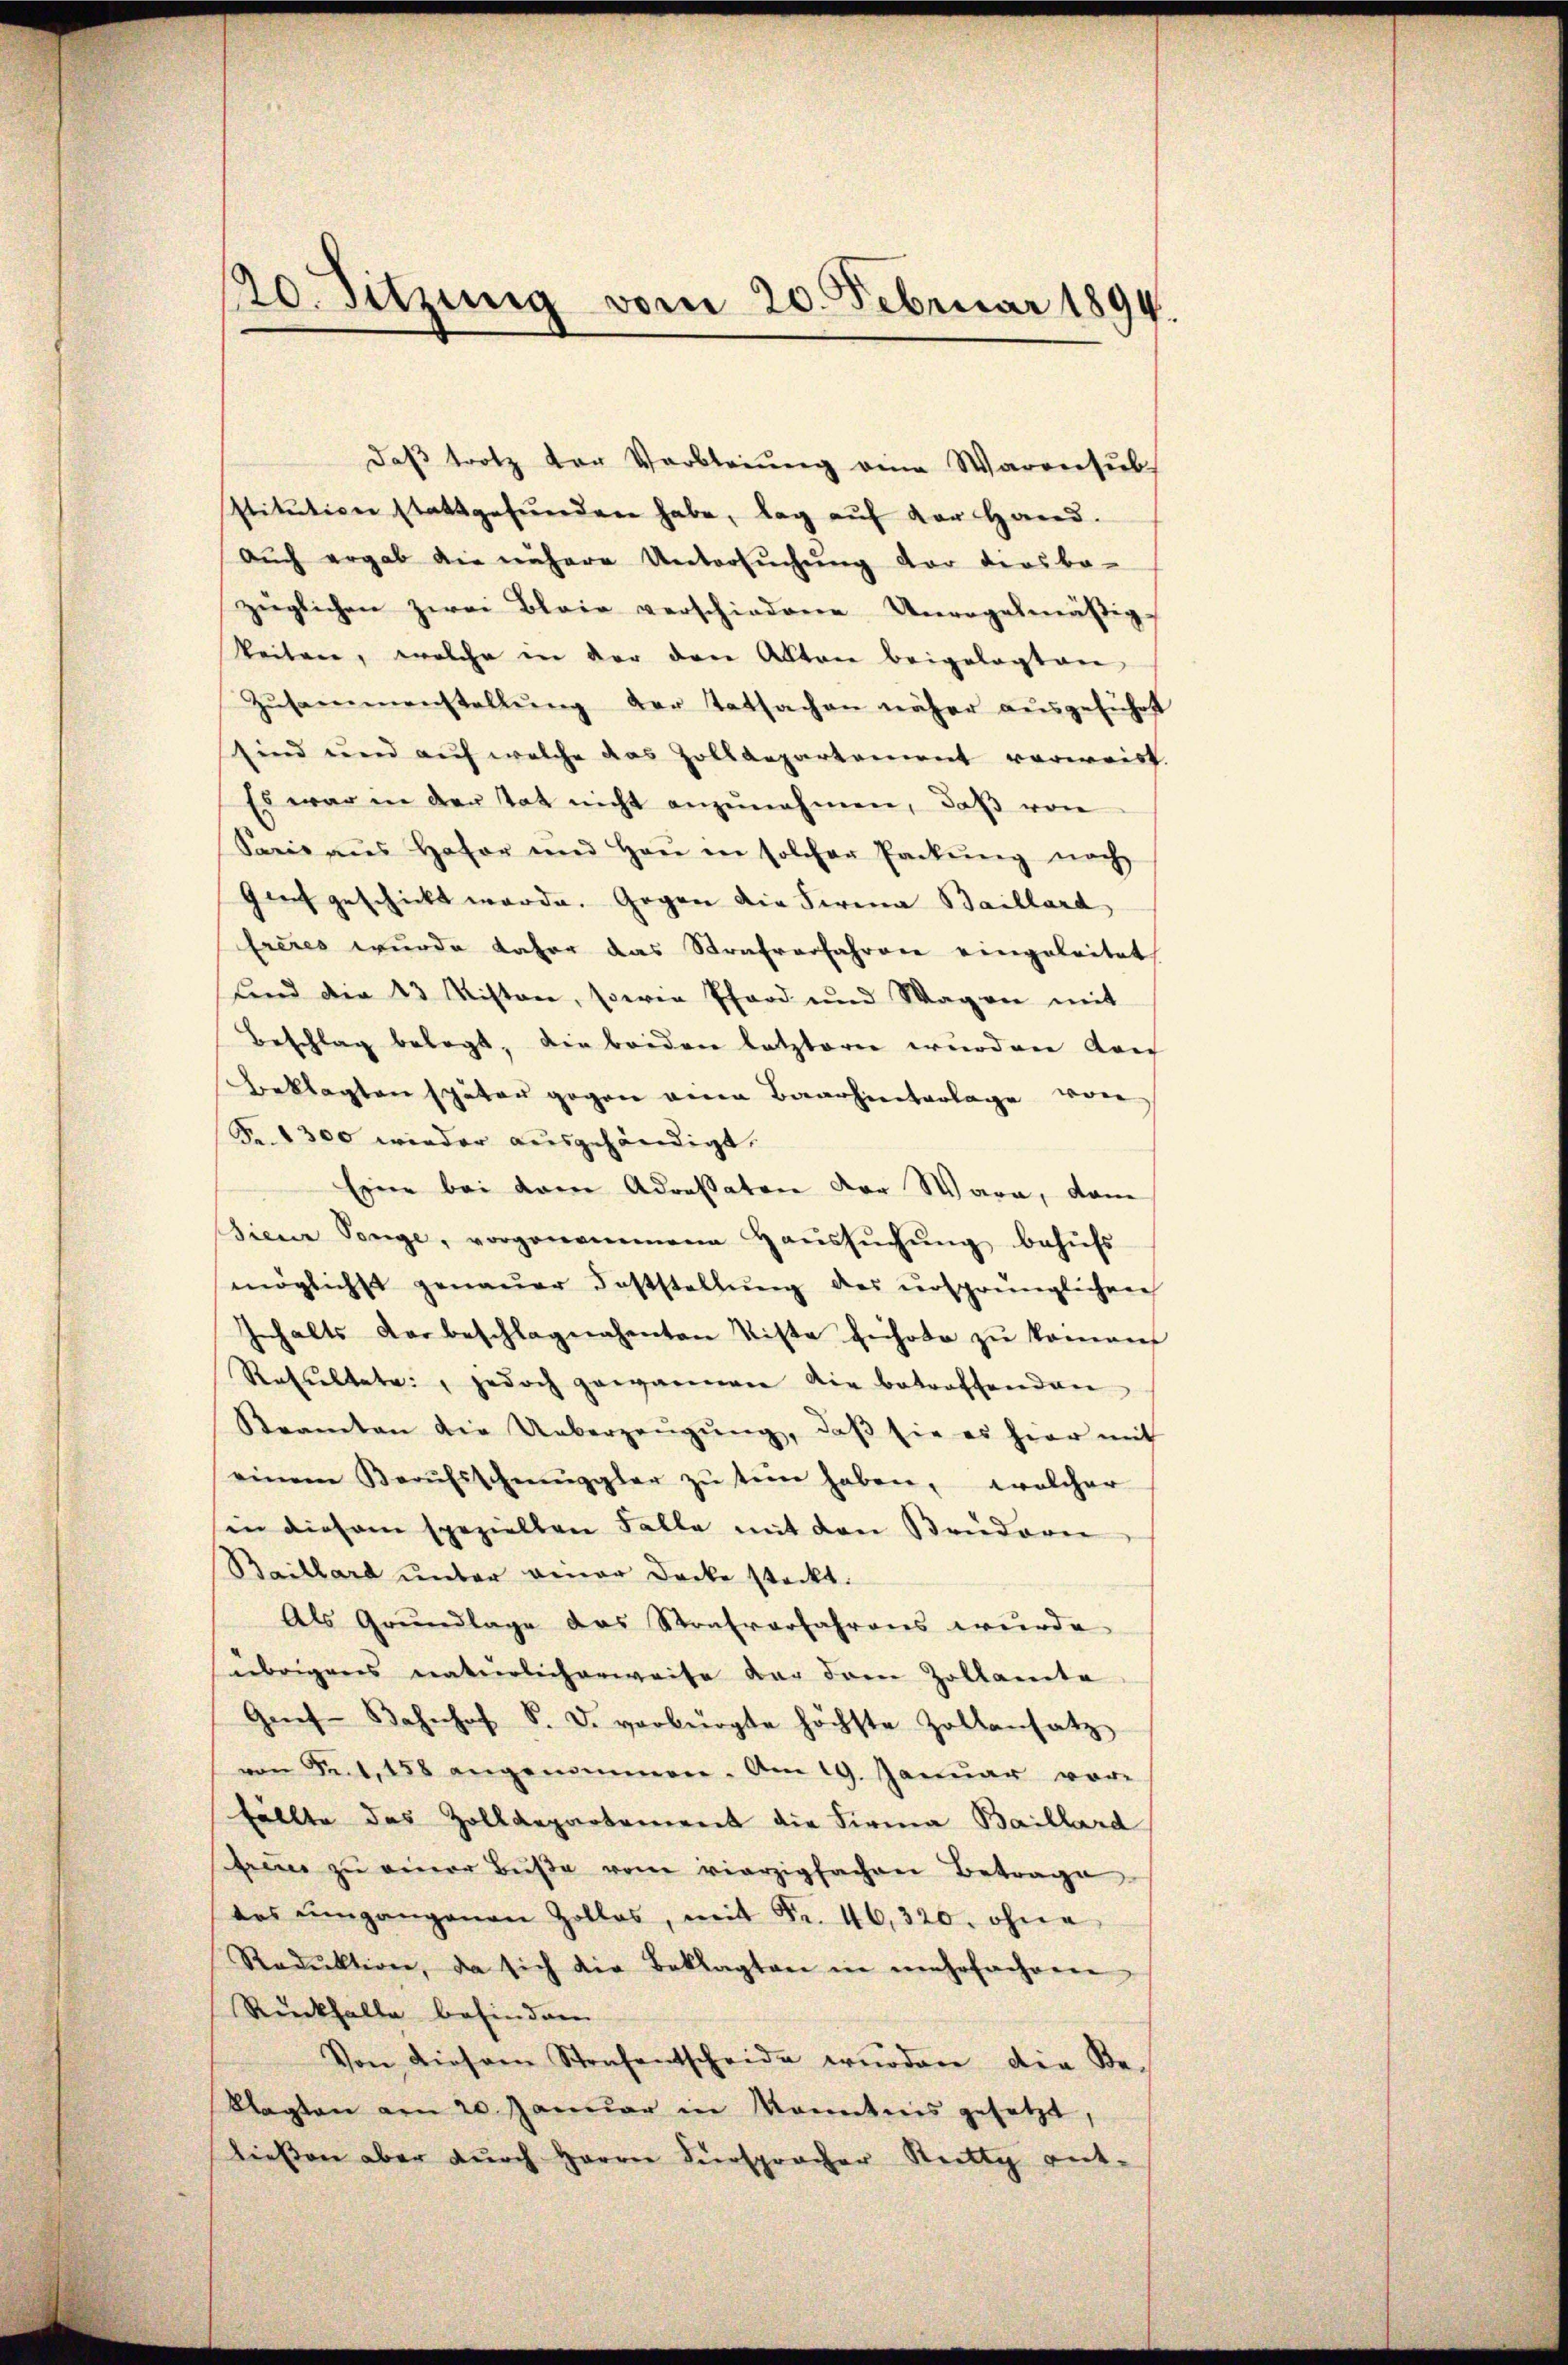
Daβ trotz der Verbleiŭng eine Warensŭb
stitution stattgefŭnden habe, lag auf der Hand.
aŭch ergab die nähere Untersŭchŭng der dersba-
züglichen zwei Blair verschiedene Unregelmäßig
Weiten, welche in der den Akten beigelegten
Zŭsammenstellŭng der Tatsachen näher ausgeführt
sind und aŭf welche das Zolldepartement verweist.
Es war in der Tat nicht anzŭnehmen, daβ von
Saris aŭs Hafer und Haŭ in solcher Packŭng noch
Guch geschickt werde. Gegen die Firma Baillard,
freies wurde daher das Strafverfahren eingeleitet
fend die 23 Misten, sowie Pfard und Wagen mit
Beschlag belegt, die beiden letztern wurden doc
Beklagten später gegen ana Baarhielterlage von
Fr. 1300 wieder ausgehändigt.
Eine bei dem Adressaton der Wara, dam
siene Tonge, vorgenommene Haŭssŭchŭng behŭfs
möglichst genaŭer Feststellŭng des ursprünglichen
Inhalts der beschlagnahenten Kiste Erhote zu kommen
Resŭltate, jedoch gewärmen die betroffenden
Reamten die Ueberzeŭgŭng, daβ sie es hier mit
einem Berŭfsschmuggler zŭ sein haben, welcher
in diesem speziellen Falle mit den Brüderen
Baillard unter einer Decke steckt.
Als Grundlage das Strafverfahrens wurde
übrigens natürlicherweise der dem Zollamte
Gen-Bahnhof S. D. verbürgte höchste Zollansatz
von Seit 158 angenommen. Am 19. Januar vor-
fällte des Zolldepartement die Firma Baillard
streue zŭ einer Bŭβe von vierzigfachen Betrage
des umgangenen Zollos, mit Fr. 46,320. ohne
Redŭktion, da sich die Beklagten in mehrfachen
Rückfalle befinden
Von diesem Strafentscheide würden die Beklagten am 20. Januar in Kenntnis gesetzt,
ließen aber durch Herrn Fürspracher Reitig ent-

120. Sitzung vom 20. Februar 1894.